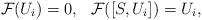
LaTeX: \begin{align*}\mathcal{F}(U_i)=0,~~\mathcal{F}([S,U_i])=U_i, \end{align*}